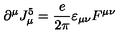
\partial ^ { \mu } J _ { \mu } ^ { 5 } = { \frac { e } { 2 \pi } } \varepsilon _ { \mu \nu } F ^ { \mu \nu }